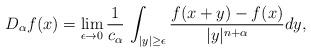
LaTeX: \begin{align*} D_{\alpha}f(x) = \lim_{\epsilon \to 0} \frac{1}{c_{\alpha}} \,\int_{|y| \geq \epsilon} \frac{f(x+y)-f(x)}{|y|^{n+\alpha}}dy, \end{align*}